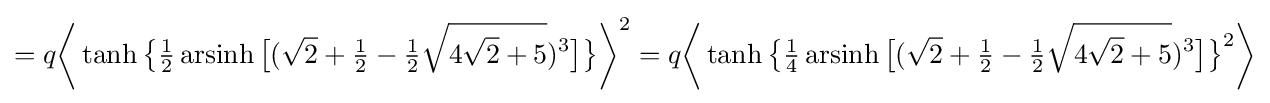
=q{\biggl \langle }\operatorname {tanh} {\bigl \{}{\tfrac {1}{2}}\operatorname {arsinh} {\bigl [}({\sqrt {2}}+{\tfrac {1}{2}}-{\tfrac {1}{2}}{\sqrt {4{\sqrt {2}}+5}})^{3}{\bigr ]}{\bigr \}}{\biggr \rangle }^{2}=q{\biggl \langle }\operatorname {tanh} {\bigl \{}{\tfrac {1}{4}}\operatorname {arsinh} {\bigl [}({\sqrt {2}}+{\tfrac {1}{2}}-{\tfrac {1}{2}}{\sqrt {4{\sqrt {2}}+5}})^{3}{\bigr ]}{\bigr \}}^{2}{\biggr \rangle }